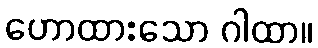
ဟောထားသော ဂါထာ။